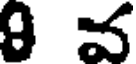
8 వ